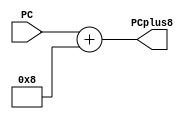
`timescale 1ns / 1ps
//////////////////////////////////////////////////////////////////////////////////
// Company: 
// Engineer: 
// 
// Design Name: 
// Module Name:    Add8 
// Project Name: 
// Target Devices: 
// Tool versions: 
// Description: 
//
// Dependencies: 
//
// Revision: 
// Revision 0.01 - File Created
// Additional Comments: 
//
//////////////////////////////////////////////////////////////////////////////////
module Add8(
	 input  [31:0] PC,           //
    output  [31:0] PCplus8      //PC+8
    );
	 assign PCplus8 = PC + 32'h0000_0008;

endmodule